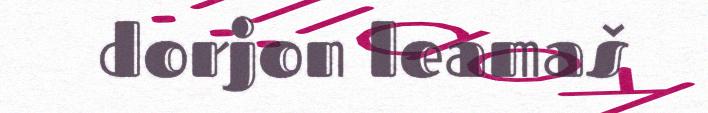
dorjon leamaš